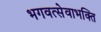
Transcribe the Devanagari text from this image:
भगवत्सेवाभक्ति